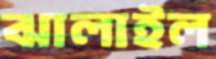
ঝালাইল